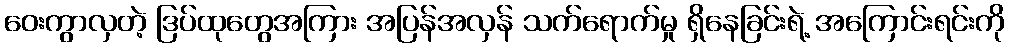
ဝေးကွာလှတဲ့ ဒြပ်ထုတွေအကြား အပြန်အလှန် သက်ရောက်မှု ရှိနေခြင်းရဲ့ အကြောင်းရင်းကို